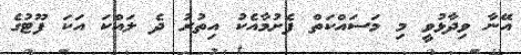
އޭނާ ވިދާޅުވީ މި މަސައްކަތް ފެށުމާއެކު އިތުރު ދެ ލައްކަ އަކަ ފޫޓުގެ